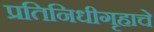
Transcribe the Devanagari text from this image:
प्रतिनिधीगृहाचे